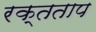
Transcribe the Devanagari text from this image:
रक्तताप